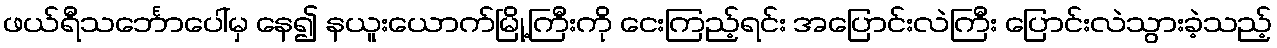
ဖယ်ရီသင်္ဘောပေါ်မှ နေ၍ နယူးယောက်မြို့ကြီးကို ငေးကြည့်ရင်း အပြောင်းလဲကြီး ပြောင်းလဲသွားခဲ့သည့်